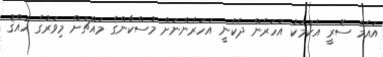
އައެމް ސޮރީ އެކަމަކު އަހަރެން ދެކެނީ އަހަރެންނަށް މުސްކާންގެ މައްޗަށް މިވަރުގެ ހައްޤު